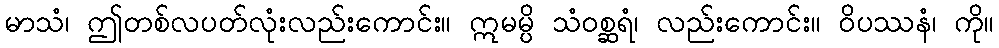
မာသံ၊ ဤတစ်လပတ်လုံးလည်းကောင်း။ ဣမမ္ပိ သံဝစ္ဆရံ၊ လည်းကောင်း။ ဝိပဿနံ၊ ကို။